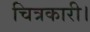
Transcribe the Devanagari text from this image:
चित्रकारी।